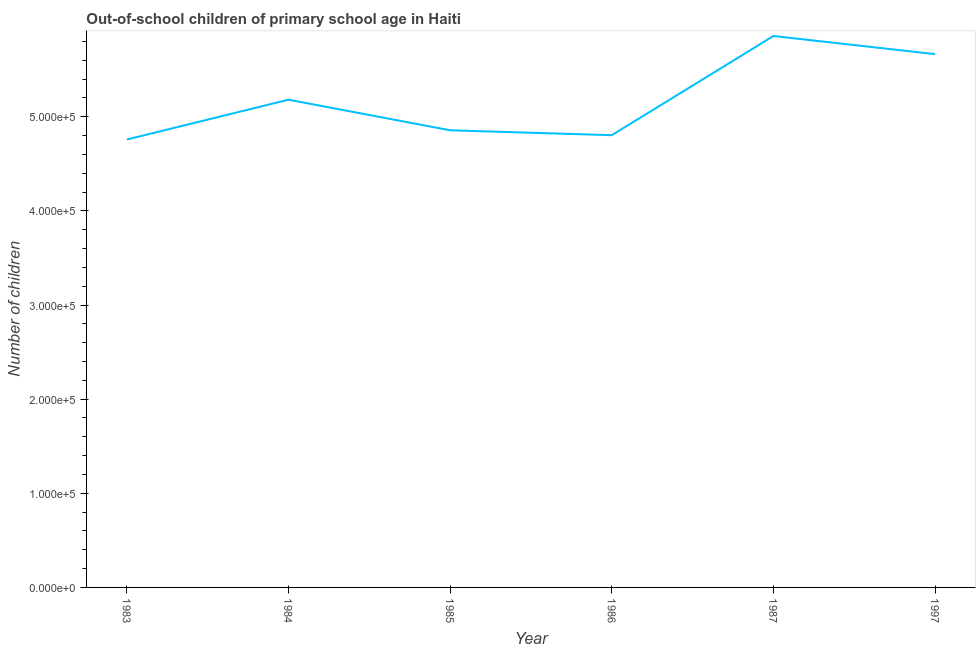
| Year | Out-of-school children of primary school age |
 | --- | --- |
 | 1983 | 4.76e+05 |
 | 1984 | 5.18e+05 |
 | 1985 | 4.86e+05 |
 | 1986 | 4.8e+05 |
 | 1987 | 5.86e+05 |
 | 1997 | 5.67e+05 |